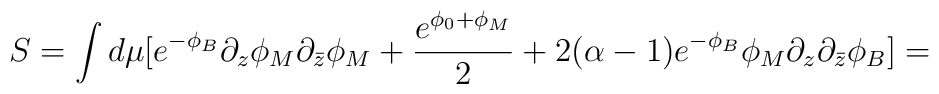
S=\int d\mu [e^{-\phi_B}\partial_z\phi_M \partial_{\bar z}\phi_M + \frac{e^{\phi_0+\phi_M}}{2}+2(\alpha-1)e^{-\phi_B}\phi_M\partial_z\partial_{\bar z}\phi_B]=